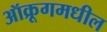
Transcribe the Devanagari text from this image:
ऑक्रूगमधील